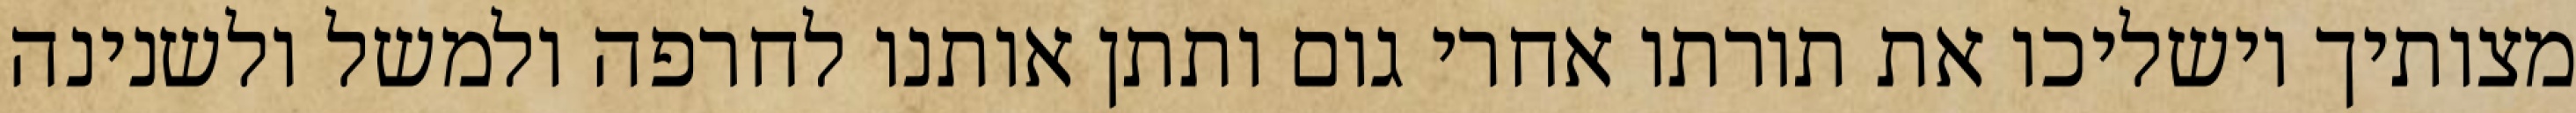
מצותיך וישליכו את תורתו אחרי גום ותתן אותנו לחרפה ולמשל ולשנינה